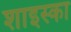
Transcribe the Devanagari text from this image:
शाइस्का